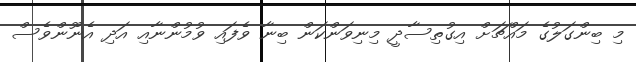
މި ބިންގަލުގެ މައްޗަށް އިގުތިސާދީ މިނިވަންކަން ބިނާ ވެފައި ވުމުންނާއި އަދި އެނޫންވެސް